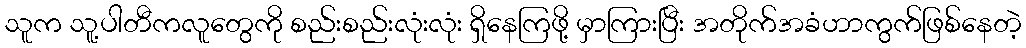
သူက သူ့ပါတီကလူတွေကို စည်းစည်းလုံးလုံး ရှိနေကြဖို့ မှာကြားပြီး အတိုက်အခံဟာကွက်ဖြစ်နေတဲ့